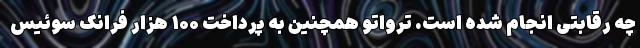
چه رقابتی انجام شده است. ترواتو همچنین به پرداخت ۱۰۰ هزار فرانک سوئیس